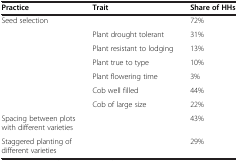
<table><thead><tr><td><b>Practice</b></td><td><b>Trait</b></td><td><b>Share of HHs</b></td></tr></thead><tbody><tr><td>Seed selection</td><td> </td><td>72%</td></tr><tr><td> </td><td>Plant drought tolerant</td><td>31%</td></tr><tr><td> </td><td>Plant resistant to lodging</td><td>13%</td></tr><tr><td> </td><td>Plant true to type</td><td>10%</td></tr><tr><td> </td><td>Plant flowering time</td><td>3%</td></tr><tr><td> </td><td>Cob well filled</td><td>44%</td></tr><tr><td> </td><td>Cob of large size</td><td>22%</td></tr><tr><td>Spacing between plots with different varieties</td><td> </td><td>43%</td></tr><tr><td>Staggered planting of different varieties</td><td> </td><td>29%</td></tr></tbody></table>